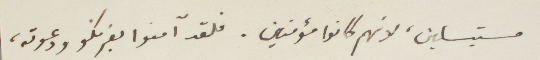
مستبسلين، لانهم كانوا مؤمنين. فلقد آمنوا بفرنكو ودعوته،